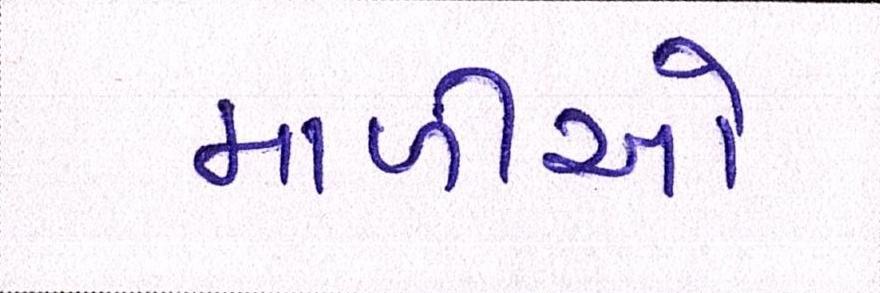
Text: માળીઓ